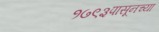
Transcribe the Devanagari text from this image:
१७९३पासूनच्या